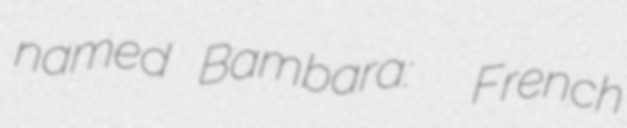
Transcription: named Bambara:  French